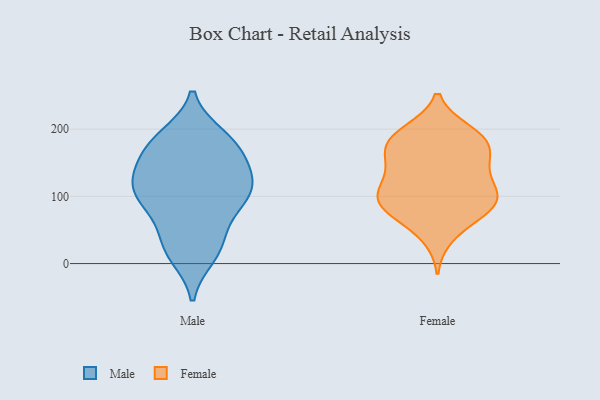
{"axis": {"x": "Market Share (%)", "y": "Value"}, "legend": ["Female", "Male"], "data": [{"x": "", "y": 12, "type": "Male"}, {"x": "", "y": 169, "type": "Male"}, {"x": "", "y": 181, "type": "Male"}, {"x": "", "y": 189, "type": "Male"}, {"x": "", "y": 117, "type": "Male"}, {"x": "", "y": 183, "type": "Male"}, {"x": "", "y": 17, "type": "Male"}, {"x": "", "y": 131, "type": "Male"}, {"x": "", "y": 37, "type": "Male"}, {"x": "", "y": 94, "type": "Male"}, {"x": "", "y": 31, "type": "Male"}, {"x": "", "y": 124, "type": "Male"}, {"x": "", "y": 104, "type": "Male"}, {"x": "", "y": 173, "type": "Male"}, {"x": "", "y": 75, "type": "Male"}, {"x": "", "y": 145, "type": "Male"}, {"x": "", "y": 95, "type": "Male"}, {"x": "", "y": 95, "type": "Male"}, {"x": "", "y": 129, "type": "Male"}, {"x": "", "y": 107, "type": "Female"}, {"x": "", "y": 176, "type": "Female"}, {"x": "", "y": 91, "type": "Female"}, {"x": "", "y": 70, "type": "Female"}, {"x": "", "y": 90, "type": "Female"}, {"x": "", "y": 193, "type": "Female"}, {"x": "", "y": 90, "type": "Female"}, {"x": "", "y": 98, "type": "Female"}, {"x": "", "y": 40, "type": "Female"}, {"x": "", "y": 180, "type": "Female"}, {"x": "", "y": 121, "type": "Female"}, {"x": "", "y": 69, "type": "Female"}, {"x": "", "y": 95, "type": "Female"}, {"x": "", "y": 149, "type": "Female"}, {"x": "", "y": 143, "type": "Female"}, {"x": "", "y": 162, "type": "Female"}, {"x": "", "y": 193, "type": "Female"}, {"x": "", "y": 197, "type": "Female"}, {"x": "", "y": 124, "type": "Female"}, {"x": "", "y": 167, "type": "Female"}]}